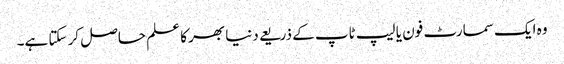
وہ ایک سمارٹ فون یا لیپ ٹاپ کے ذریعے دنیا بھر کا علم حاصل کر سکتا ہے۔